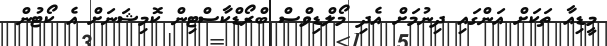
މީޑިއާ ތަކަށް އަންގައި ދިނުމަށް އެދި މޯލްޑިވްސް ބްރޯޑްކާސްޓިން ކޮމިޝަނަށް އެ ކޯޓުން